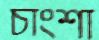
চাংশা